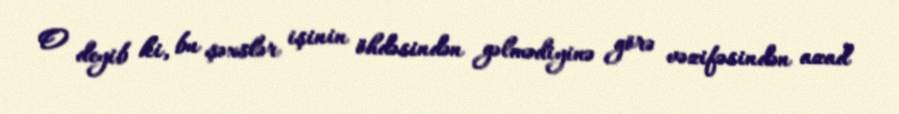
O deyib ki, bu şəxslər işinin öhdəsindən gəlmədiyinə görə vəzifəsindən azad